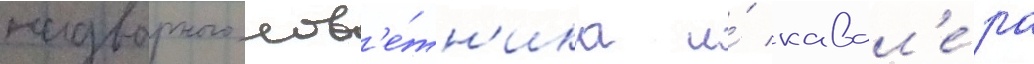
надворного сов'е́тн'ика и́ кавал'е́ра